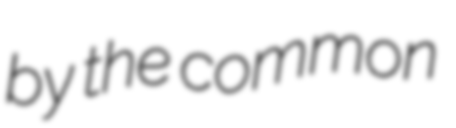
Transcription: by the common